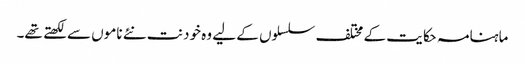
ماہنامہ حکایت کے مختلف سلسلوں کے لیے وہ خود نت نئے ناموں سے لکھتے تھے۔